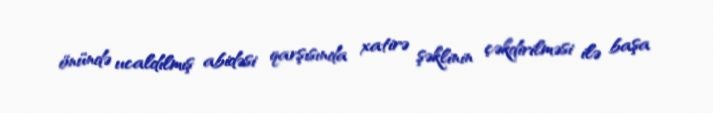
önündə ucaldılmış abidəsi qarşısında xatirə şəklinin çəkdirilməsi ilə başa